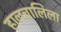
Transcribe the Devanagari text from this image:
हालचालिला